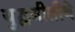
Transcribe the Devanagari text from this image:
युद्धनीतीने